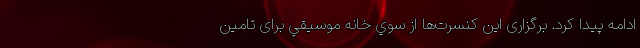
ادامه پیدا کرد. برگزاری اين كنسرت‌ها از سوي خانه موسيقي برای تامين